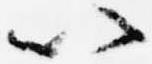
以